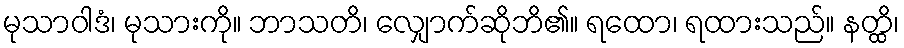
မုသာဝါဒံ၊ မုသားကို။ ဘာသတိ၊ လျှောက်ဆိုဘိ၏။ ရထော၊ ရထားသည်။ နတ္ထိ၊